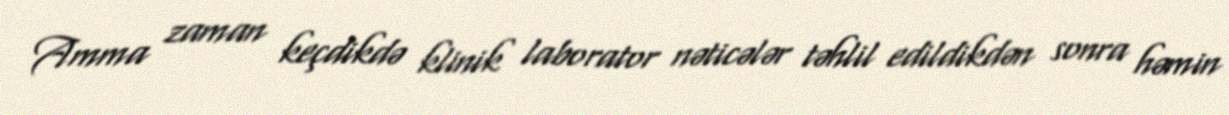
Amma zaman keçdikdə klinik laborator nəticələr təhlil edildikdən sonra həmin